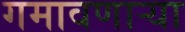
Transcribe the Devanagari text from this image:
गमावणार्‍या